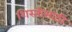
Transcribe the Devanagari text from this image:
शिस्तीसाठी